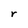
Character: r